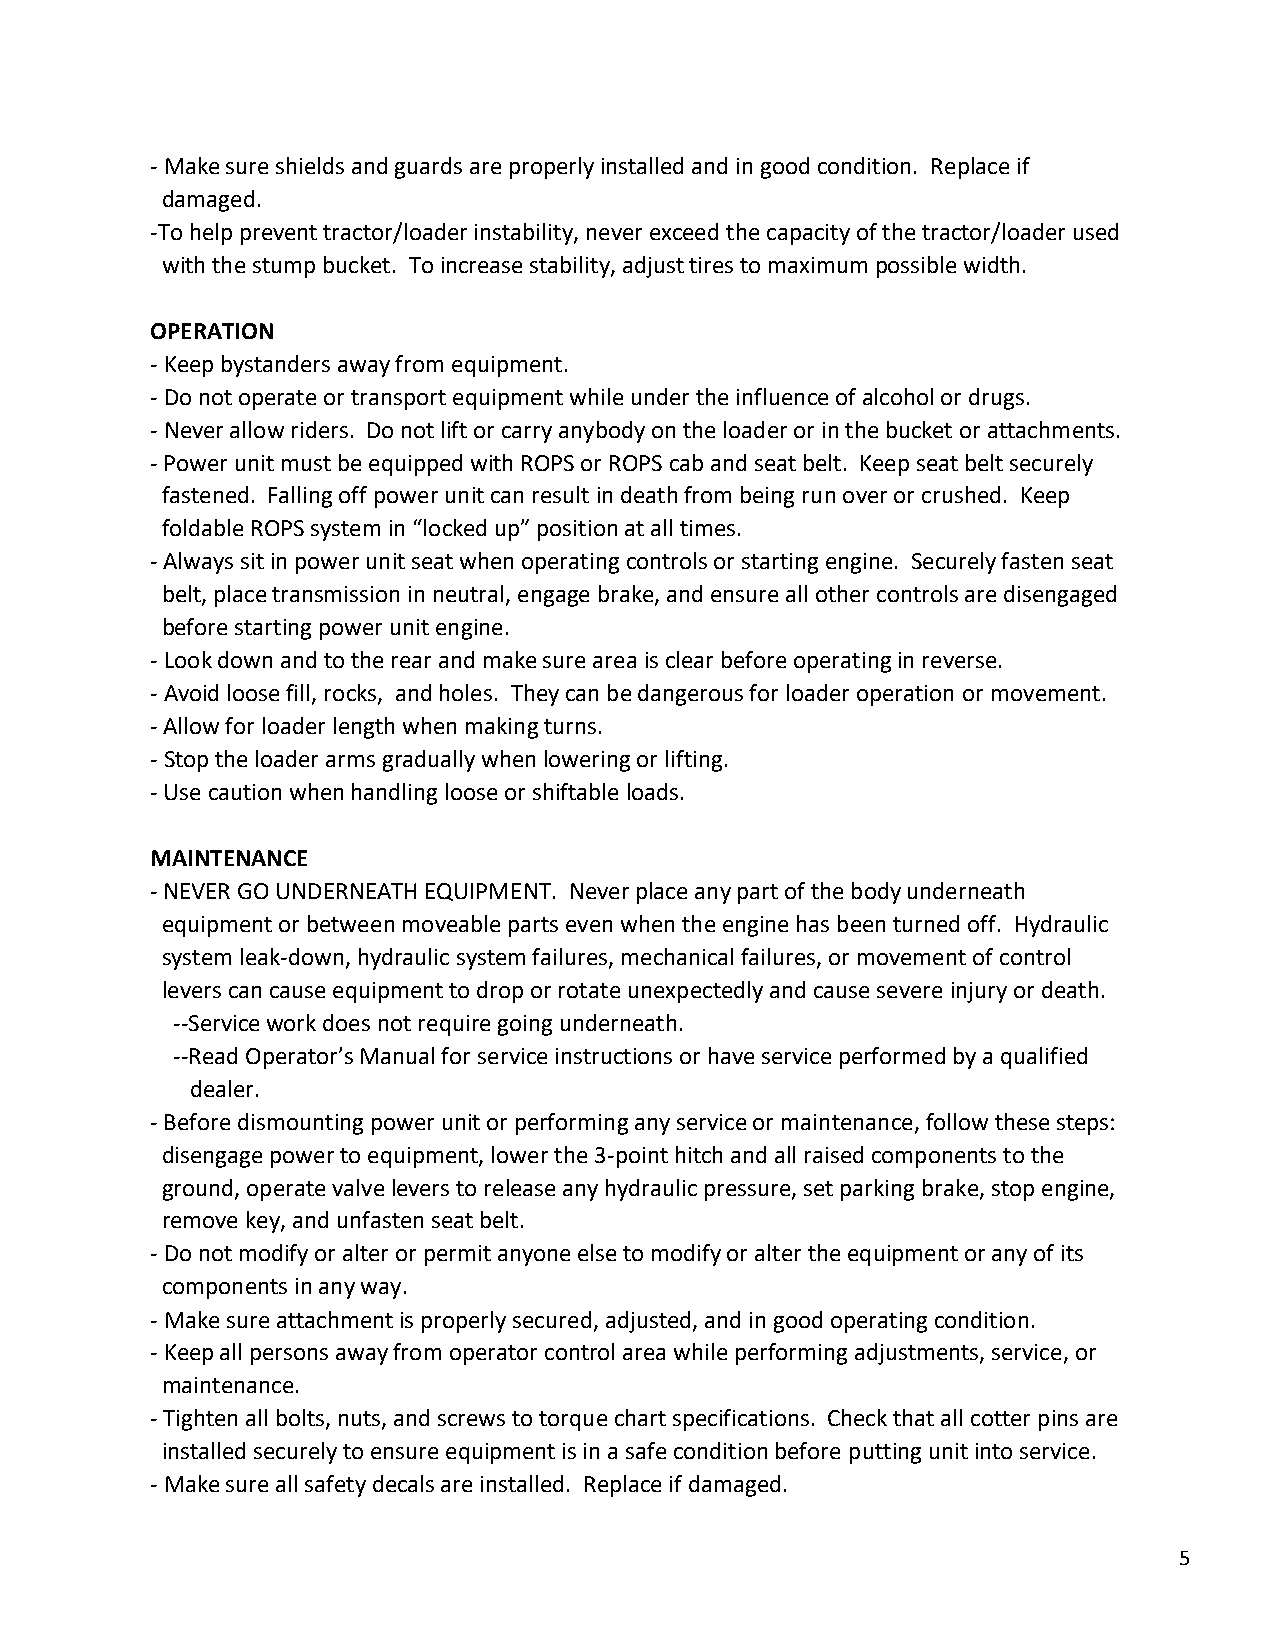
- Make sure shields and guards are properly installed and in good condition. Replace if
 damaged.
 -To help prevent tractor/loader instability, never exceed the capacity of the tractor/loader used
 with the stump bucket. To increase stability, adjust tires to maximum possible width.
 OPERATION
 - Keep bystanders away from equipment.
 - Do not operate or transport equipment while under the influence of alcohol or drugs.
 - Never allow riders. Do not lift or carry anybody on the loader or in the bucket or attachments.
 - Power unit must be equipped with ROPS or ROPS cab and seat belt. Keep seat belt securely
 fastened. Falling off power unit can result in death from being run over or crushed. Keep
 foldable ROPS system in “locked up” position at all times.
 - Always sit in power unit seat when operating controls or starting engine. Securely fasten seat
 belt, place transmission in neutral, engage brake, and ensure all other controls are disengaged
 before starting power unit engine.
 - Look down and to the rear and make sure area is clear before operating in reverse.
 - Avoid loose fill, rocks, and holes. They can be dangerous for loader operation or movement.
 - Allow for loader length when making turns.
 - Stop the loader arms gradually when lowering or lifting.
 - Use caution when handling loose or shiftable loads.
 MAINTENANCE
 - NEVER GO UNDERNEATH EQUIPMENT. Never place any part of the body underneath
 equipment or between moveable parts even when the engine has been turned off. Hydraulic
 system leak-down, hydraulic system failures, mechanical failures, or movement of control
 levers can cause equipment to drop or rotate unexpectedly and cause severe injury or death.
 --Service work does not require going underneath.
 --Read Operator’s Manual for service instructions or have service performed by a qualified
 dealer.
 - Before dismounting power unit or performing any service or maintenance, follow these steps:
 disengage power to equipment, lower the 3-point hitch and all raised components to the
 ground, operate valve levers to release any hydraulic pressure, set parking brake, stop engine,
 remove key, and unfasten seat belt.
 - Do not modify or alter or permit anyone else to modify or alter the equipment or any of its
 components in any way.
 - Make sure attachment is properly secured, adjusted, and in good operating condition.
 - Keep all persons away from operator control area while performing adjustments, service, or
 maintenance.
 - Tighten all bolts, nuts, and screws to torque chart specifications. Check that all cotter pins are
 installed securely to ensure equipment is in a safe condition before putting unit into service.
 - Make sure all safety decals are installed. Replace if damaged.
 5